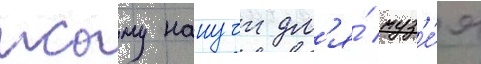
исаму нанучи дл'я́ муз'е́я